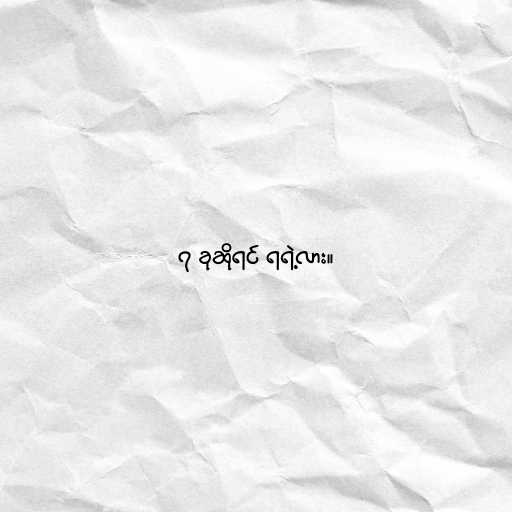
၇ ခုဆိုရင် ရရဲ့လား။